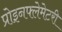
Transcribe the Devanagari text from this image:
प्रोइनफ्लेमेटरी